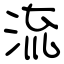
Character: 流